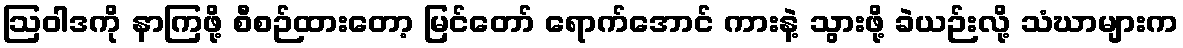
ဩဝါဒကို နာကြဖို့ စီစဉ်ထားတော့ မြင်တော် ရောက်အောင် ကားနဲ့ သွားဖို့ ခဲယဉ်းလို့ သံဃာများက